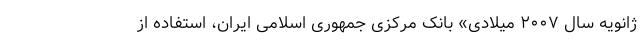
ژانویه سال ۲۰۰۷ میلادی» بانک مرکزی جمهوری اسلامی ایران، استفاده از